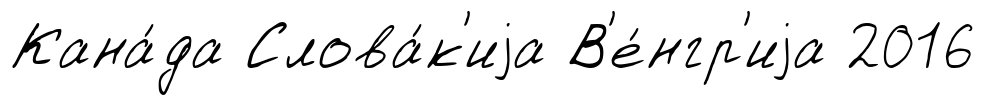
Кана́да Слова́к'иjа В'е́нгр'иjа 2016